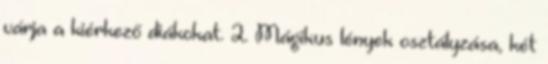
várja a kiérkező diákokat. 2. Mágikus lények osztályzása, két